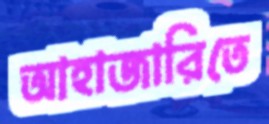
আহাজারিতে